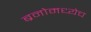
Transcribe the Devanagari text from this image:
ब्रनोमध्येच